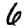
Digit: 6